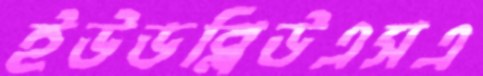
ইউডব্লিউএসএ